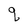
Character: q